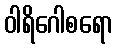
ဝါရိဂေါစရော